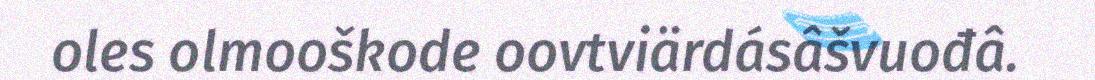
oles olmooškode oovtviärdásâšvuođâ.